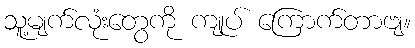
သူ့မျက်လုံးတွေကို ကျုပ် ကြောက်တာဗျ။